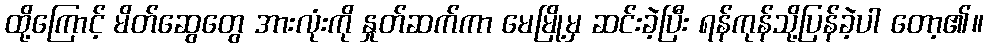
ထို့ကြောင့် မိတ်ဆွေတွေ အားလုံးကို နှုတ်ဆက်ကာ မေမြို့မှ ဆင်းခဲ့ပြီး ရန်ကုန်သို့ပြန်ခဲ့ပါ တော့၏။